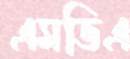
এমভিএ